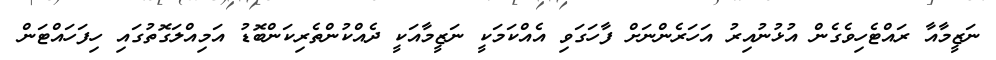
ނަޒީމާއާ ރައްޓެހިވެގެން އުޅުނުއިރު އަހަރެންނަށް ފާހަގަވި އެއްކަމަކީ ނަޒީމާއަކީ ދެއްކުންތެރިކަންބޮޑު އަމިއްލަގޮތުގައި ހިފަހައްޓަން